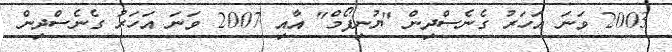
2003 ވަނަ އަހަރު ގެނެސްދިން "ޔުނިފޯމް" އާއި 2007 ވަނަ އަހަރު ގެނެސްދިން